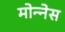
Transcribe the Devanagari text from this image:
मोन्‍नेस